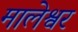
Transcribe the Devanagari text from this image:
मालेश्वर